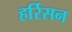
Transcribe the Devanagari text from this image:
हर्रिसन